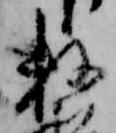
数